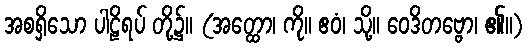
အစရှိသော ပါဠိရပ် တို့၌။ (အတ္ထော၊ ကို။ ဧဝံ၊ သို့။ ဝေဒိတဗ္ဗော၊ ၏။)